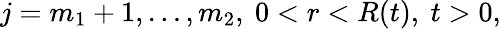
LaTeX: j=m_{1}+1,...,m_{2},\ 0<r<R(t),\ t>0,